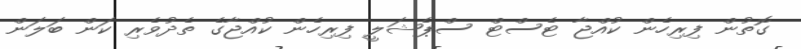
ގޮތުން ފިރިހެން ކުއްޖާ ޓެސްޓް ސްޕެޝަލީ ފިިރިހެން ކުއްޖާގެ ތެދުވެރި ކަން ބަލަން